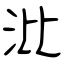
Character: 沘